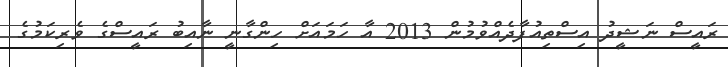
ރައީސް ނަޝީދު އިސްތިއުފާދެއްވުމުން 2013 އާ ހަމައަށް ހިންގާނީ ނާއިބު ރައީސްގެ ވެރިކަމުގެ